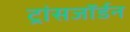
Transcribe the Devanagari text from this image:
ट्रांसजॉर्डन